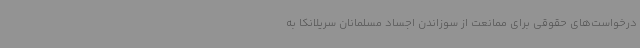
درخواست‌های حقوقی برای ممانعت از سوزاندن اجساد مسلمانان سریلانکا به